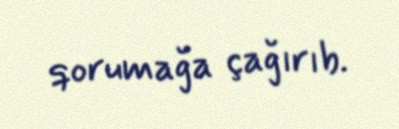
qorumağa çağırıb.